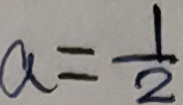
a = \frac { 1 } { 2 }